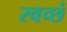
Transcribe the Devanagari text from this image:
स्वच्छं